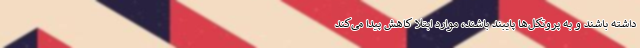
داشته باشند و به پروتکل‌ها پایبند باشند، موارد ابتلا کاهش پیدا می‌کند